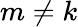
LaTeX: m\ne k